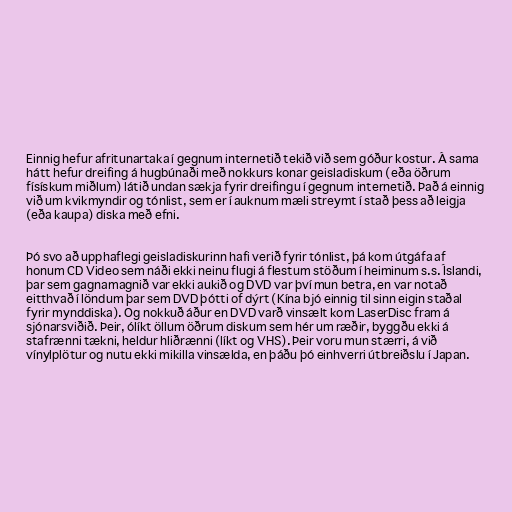
Einnig hefur afritunartaka í gegnum internetið tekið við sem góður kostur. Á sama
hátt hefur dreifing á hugbúnaði með nokkurs konar geisladiskum (eða öðrum
físískum miðlum) látið undan sækja fyrir dreifingu í gegnum internetið. Það á einnig
við um kvikmyndir og tónlist, sem er í auknum mæli streymt í stað þess að leigja
(eða kaupa) diska með efni.

Þó svo að upphaflegi geisladiskurinn hafi verið fyrir tónlist, þá kom útgáfa af
honum CD Video sem náði ekki neinu flugi á flestum stöðum í heiminum s.s. Íslandi,
þar sem gagnamagnið var ekki aukið og DVD var því mun betra, en var notað
eitthvað í löndum þar sem DVD þótti of dýrt (Kína bjó einnig til sinn eigin staðal
fyrir mynddiska). Og nokkuð áður en DVD varð vinsælt kom LaserDisc fram á
sjónarsviðið. Þeir, ólíkt öllum öðrum diskum sem hér um ræðir, byggðu ekki á
stafrænni tækni, heldur hliðrænni (líkt og VHS). Þeir voru mun stærri, á við
vínylplötur og nutu ekki mikilla vinsælda, en þáðu þó einhverri útbreiðslu í Japan.